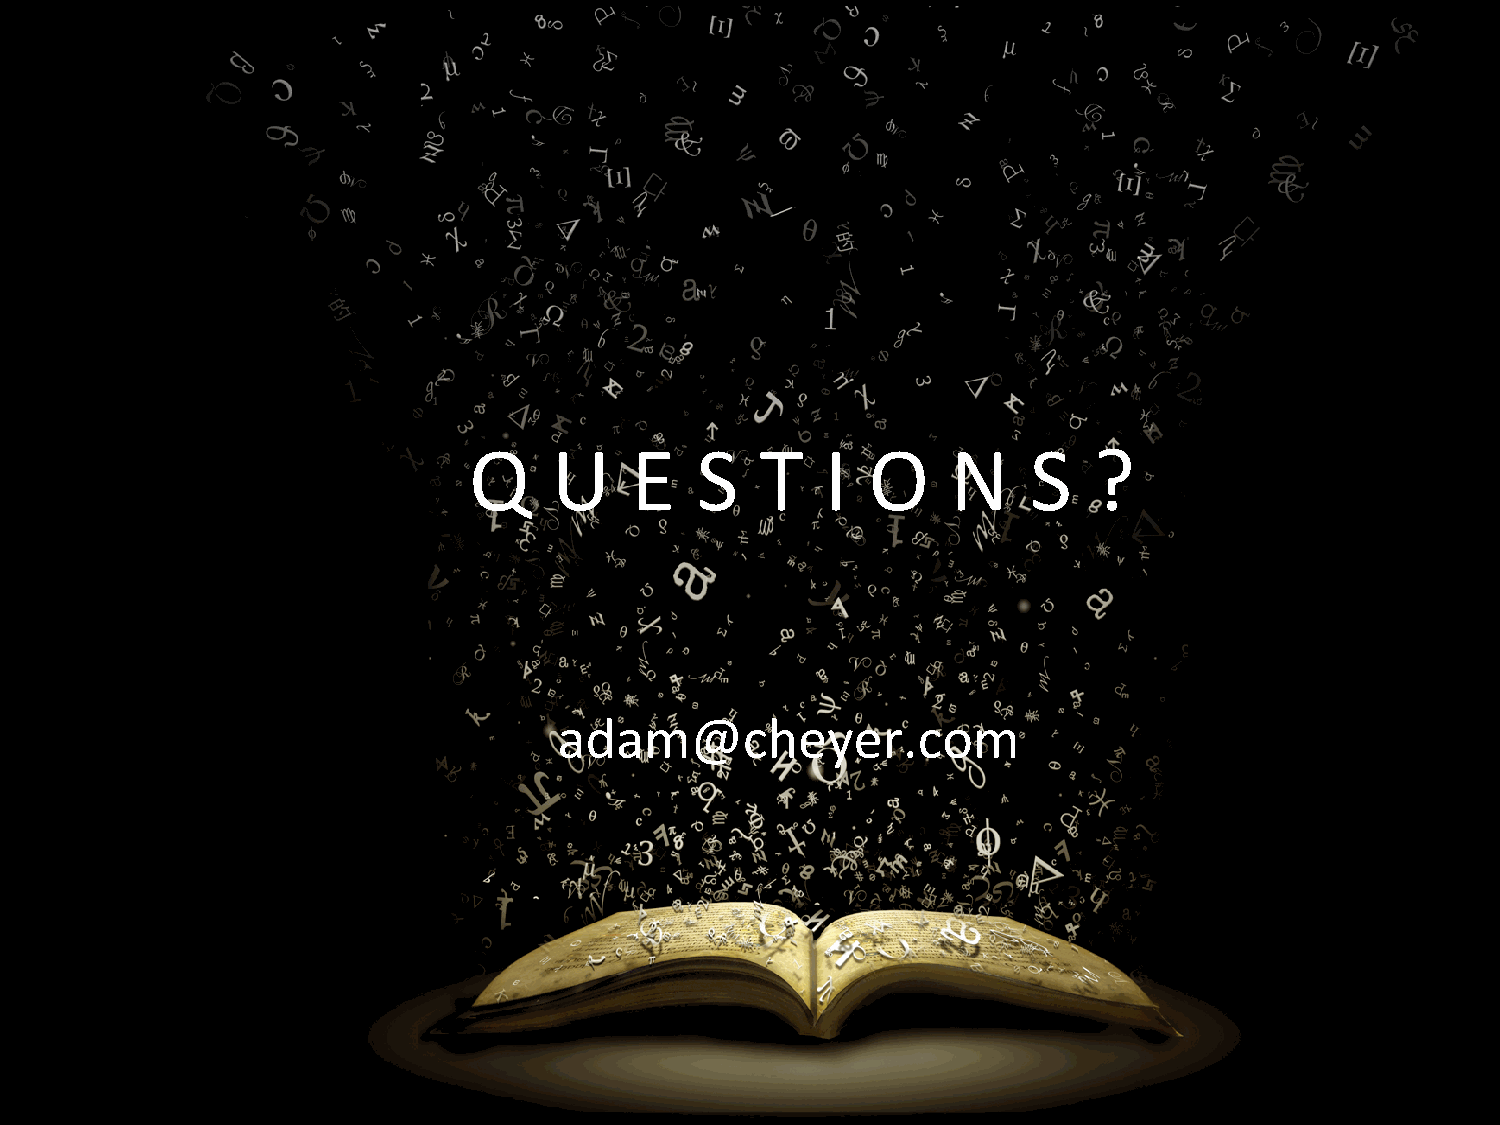
Q     U    E   S   T    I O     N    S   ?
 adam@cheyer.com